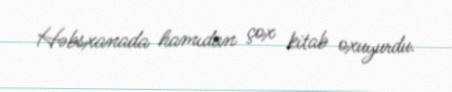
Həbsxanada hamıdan çox kitab oxuyurdu.